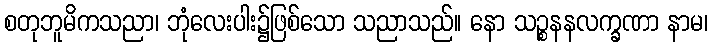
စတုဘူမိကသညာ၊ ဘုံလေးပါး၌ဖြစ်သော သညာသည်။ နော သဉ္စနနလက္ခဏာ နာမ၊